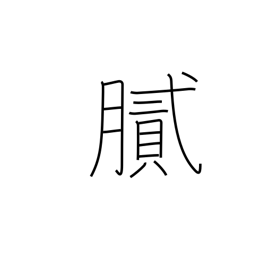
Meaning: oily